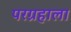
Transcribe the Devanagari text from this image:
परग्रहाला